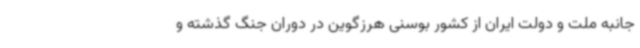
جانبه ملت و دولت ایران از کشور بوسنی هرزگوین در دوران جنگ گذشته و